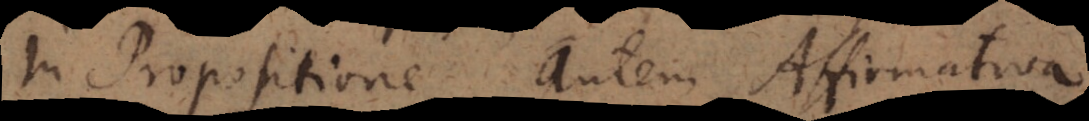
In Propositione autem Affirmativa